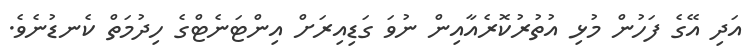
އަދި އޭގެ ފަހުން މުޅި އުތުރުކޮރެއާއިން ނުވަ ގަޑިއިރަށް އިންޓަނެޓްގެ ހިދުމަތް ކެނޑުނެވެ.